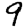
Digit: 9